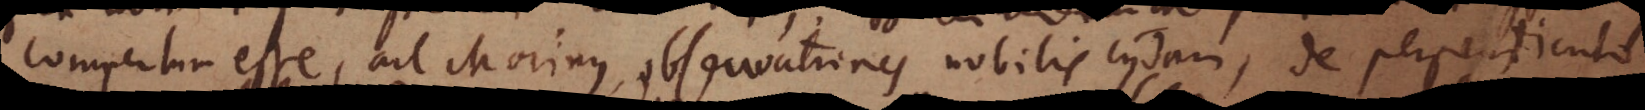
Compertum esse, ait Morinus, observationes nobilis cujusdam, de perpendiculo